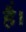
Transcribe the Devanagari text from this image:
है॑।